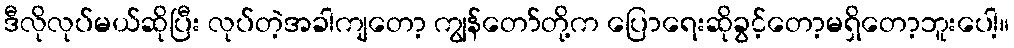
ဒီလိုလုပ်မယ်ဆိုပြီး လုပ်တဲ့အခါကျတော့ ကျွန်တော်တို့က ပြောရေးဆိုခွင့်တော့မရှိတော့ဘူးပေါ့။